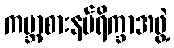
ကမ္ဘာ့စားနပ်ရိက္ခာအဖွဲ့